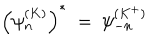
\left( \psi _ { n } ^ { ( K ) } \right) ^ { * } \ = \ \psi _ { - n } ^ { ( K ^ { + } ) }